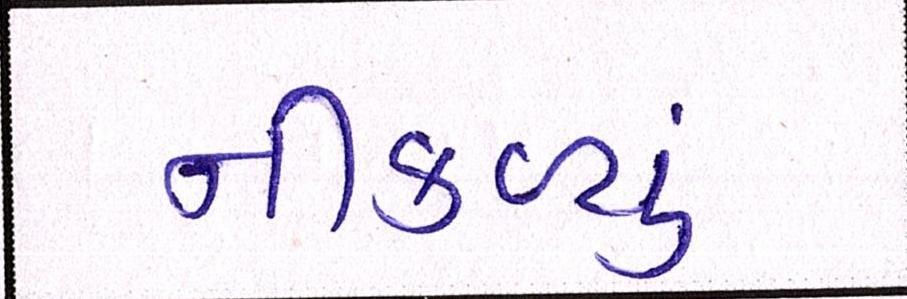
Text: નીકળ્યું